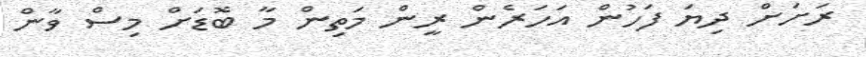
ރަށަށް ދިޔަ ފަހުންް އަހަރެން ރީން މަތިން މާ ބޮޑަށް މިސް ވާން